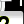
Digit: 2